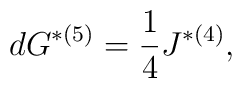
dG^{*(5)}={1\over 4}J^{*(4)},